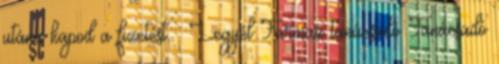
utána kapod a fizetést. . Legyél Farmasi tanácsadó Tanácsadó